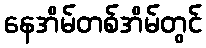
နေအိမ်တစ်အိမ်တွင်